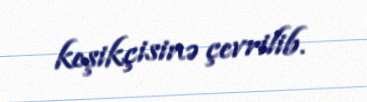
keşikçisinə çevrilib.